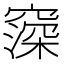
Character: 𬔒